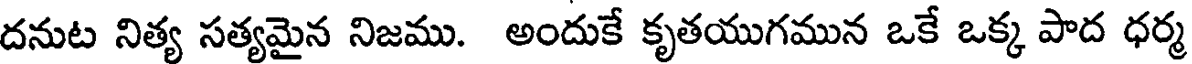
దనుట నిత్య సత్యమైన నిజము. అందుకే కృతయుగమున ఒకే ఒక్క పాద ధర్మ